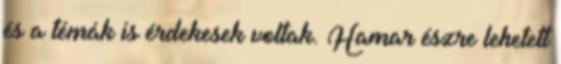
és a témák is érdekesek voltak. Hamar észre lehetett